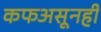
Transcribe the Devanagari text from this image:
कफअसूनही